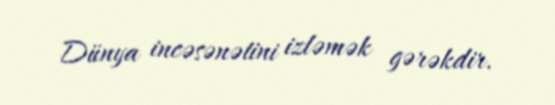
Dünya incəsənətini izləmək gərəkdir.